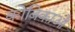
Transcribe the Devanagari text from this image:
कोबिकाओं